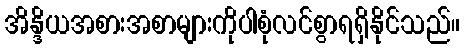
အိန္ဒိယအစားအစာများကိုပါစုံလင်စွာရရှိနိုင်သည်။